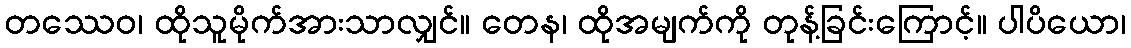
တဿေဝ၊ ထိုသူမိုက်အားသာလျှင်။ တေန၊ ထိုအမျက်ကို တုန့်ခြင်းကြောင့်။ ပါပိယော၊